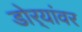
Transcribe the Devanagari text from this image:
डोर्‍यांवर